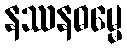
နဿနဓမ္မေ